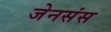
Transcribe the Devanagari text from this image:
जेनसंस